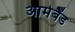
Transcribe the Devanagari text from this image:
आर्मबैंड